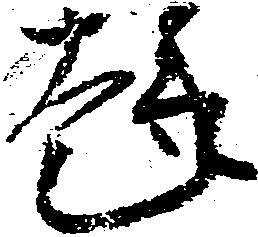
趣